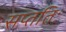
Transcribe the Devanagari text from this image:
सप्ततिः